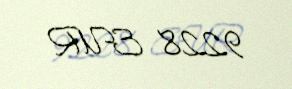
9228 EUR